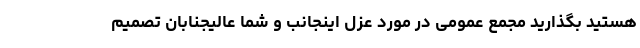
هستید بگذارید مجمع عمومی در مورد عزل اینجانب و شما عالیجنابان تصمیم